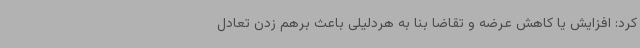
کرد: افزایش یا کاهش عرضه و تقاضا بنا به هردلیلی باعث برهم زدن تعادل